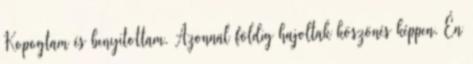
Kopogtam és benyitottam. Azonnal földig hajoltak köszönés képpen. Én